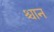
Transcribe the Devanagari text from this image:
श्चान